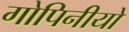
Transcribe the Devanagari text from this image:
गोपिनीयो